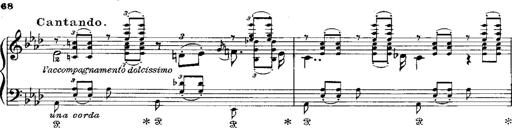
Title: Miserere du Trovatore
Composer: Franz Liszt